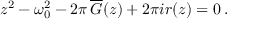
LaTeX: z ^ { 2 } - \omega _ { 0 } ^ { 2 } - 2 \pi \, \overline { { { G } } } ( z ) + 2 \pi i r ( z ) = 0 \, .